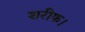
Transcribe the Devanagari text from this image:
शरीफ।